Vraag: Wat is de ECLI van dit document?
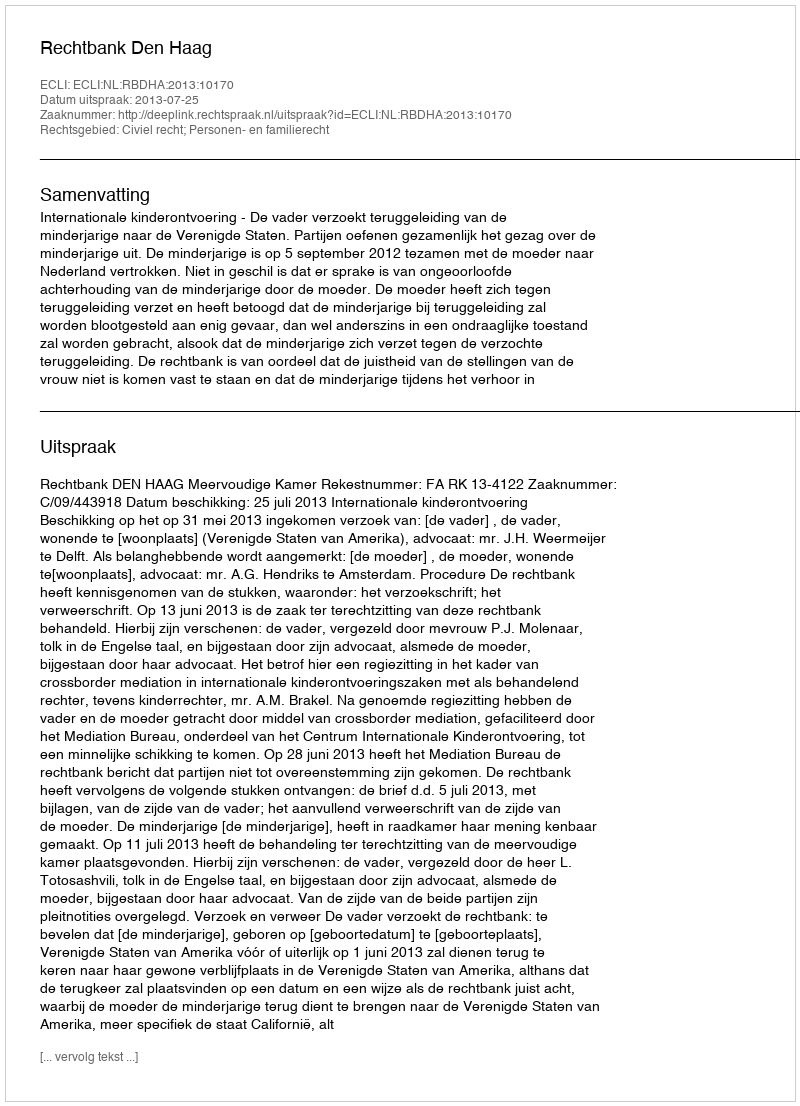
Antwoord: ECLI:NL:RBDHA:2013:10170